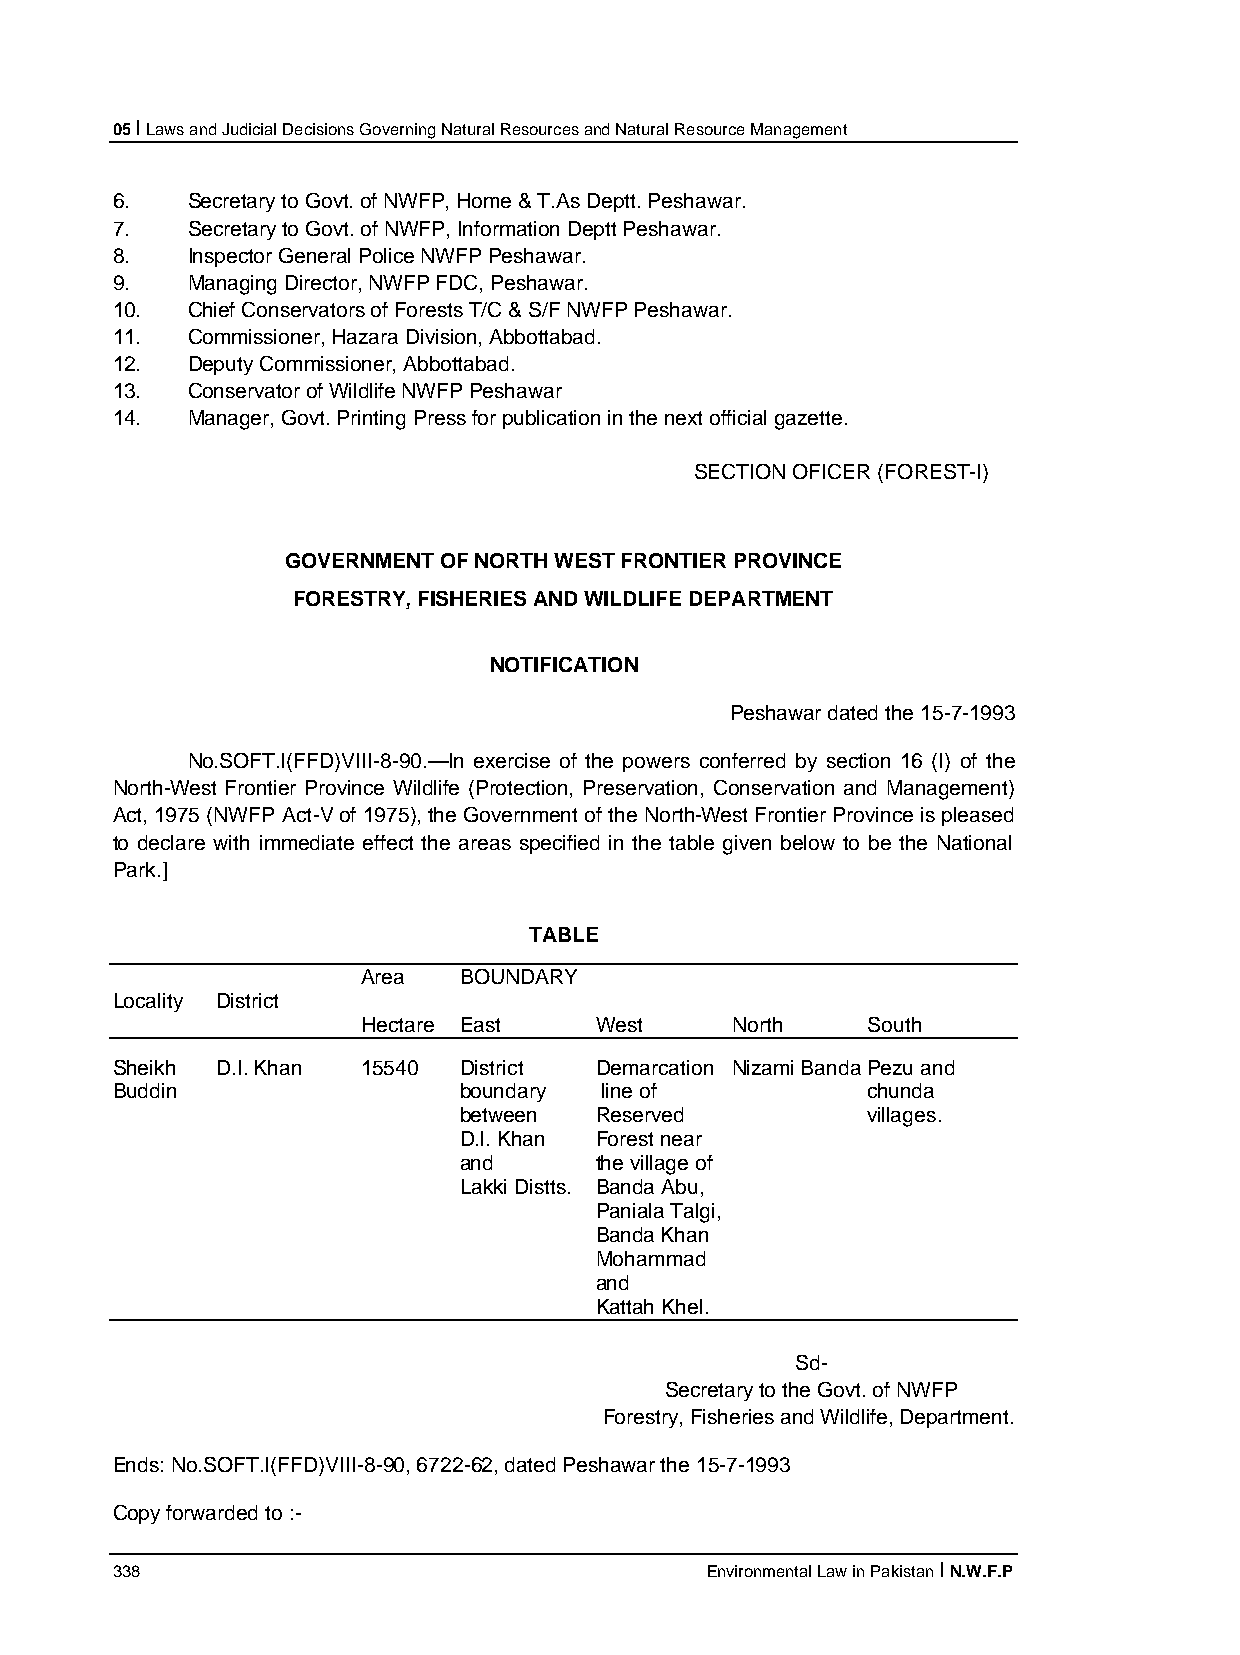
05 I Laws and Judicial Decisions Governing Natural Resources and Natural Resource Management
 6.   Secretary to Govt. of NWFP, Home & T.As Deptt. Peshawar.
 7.   Secretary to Govt. of NWFP, Information Deptt Peshawar.
 8.   Inspector General Police NWFP Peshawar.
 9.   Managing Director, NWFP FDC, Peshawar.
 10.  Chief Conservators of Forests T/C & S/F NWFP Peshawar.
 11.  Commissioner, Hazara Division, Abbottabad.
 12.  Deputy Commissioner, Abbottabad.
 13.  Conservator of Wildlife NWFP Peshawar
 14.  Manager, Govt. Printing Press for publication in the next official gazette.
 SECTION OFICER (FOREST-I)
 GOVERNMENT OF NORTH WEST FRONTIER PROVINCE
 FORESTRY, FISHERIES AND WILDLIFE DEPARTMENT
 NOTIFICATION
 Peshawar dated the 15-7-1993
 No.SOFT.I(FFD)VIII-8-90.—In exercise of the powers conferred by section 16 (I) of the
 North-West Frontier Province Wildlife (Protection, Preservation, Conservation and Management)
 Act, 1975 (NWFP Act-V of 1975), the Government of the North-West Frontier Province is pleased
 to declare with immediate effect the areas specified in the table given below to be the National
 Park.]
 TABLE
 Area  BOUNDARY
 Locality District
 Hectare East   West     North    South
 Sheikh D.I. Khan 15540 District Demarcation Nizami Banda Pezu and
 Buddin                 boundary  line of          chunda
 between  Reserved          villages.
 D.I. Khan Forest near
 and      the village of
 Lakki Distts. Banda Abu,
 Paniala Talgi,
 Banda Khan
 Mohammad
 and
 Kattah Khel.
 Sd-
 Secretary to the Govt. of NWFP
 Forestry, Fisheries and Wildlife, Department.
 Ends: No.SOFT.I(FFD)VIII-8-90, 6722-62, dated Peshawar the 15-7-1993
 Copy forwarded to :-
 338                                     Environmental Law in Pakistan I N.W.F.P